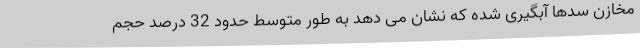
مخازن سدها آبگیری شده که نشان می دهد به طور متوسط حدود 32 درصد حجم